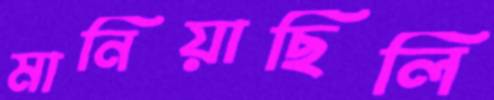
মানিয়াছিলি